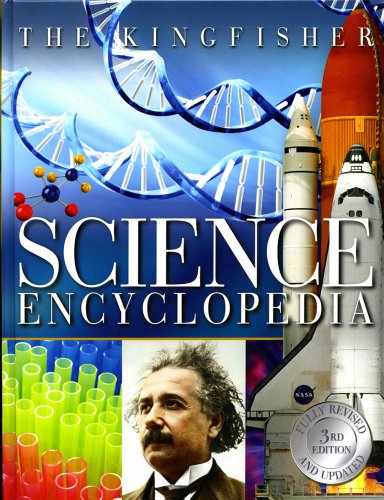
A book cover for The Kingfisher Science Encyclopedia (Kingfisher Encyclopedias); Charles Taylor; Reference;